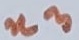
Text: n3